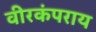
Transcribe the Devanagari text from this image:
वीरकंपराय